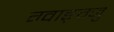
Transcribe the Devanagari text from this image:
ग्वाङ्ग्जु